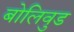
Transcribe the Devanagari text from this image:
बोलिवुड